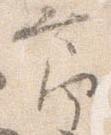
節